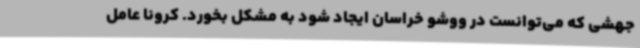
جهشی که می‌توانست در ووشو خراسان ایجاد شود به مشکل بخورد. کرونا عامل